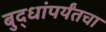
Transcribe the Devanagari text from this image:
बुद्धांपर्यंतचा